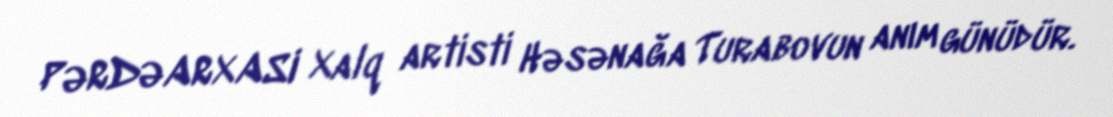
PƏRDƏARXASI Xalq artisti Həsənağa Turabovun anım günüdür.